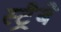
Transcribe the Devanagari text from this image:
स्ट्रैबे